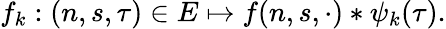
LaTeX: f_{k}:(n,s,\tau)\in E\mapsto f(n,s,\cdot)*\psi_{k}(\tau).